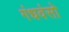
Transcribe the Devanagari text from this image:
गंधवंसो